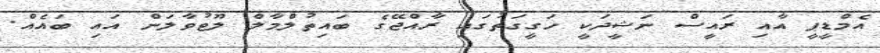
އެމްޑީޕީ އާއި ރައީސް ނަޝީދަކީ ހަގީގަތުގައި ރާއްޖޭގެ ބައިތުލްމާލް ލޫޓުވާލަން އައި ބައެއް.